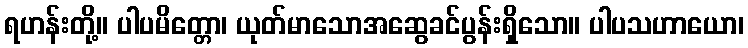
ရဟန်းတို့။ ပါပမိတ္တော၊ ယုတ်မာသောအဆွေခင်ပွန်းရှိသော။ ပါပသဟာယော၊